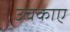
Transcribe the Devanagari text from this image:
उचकाए